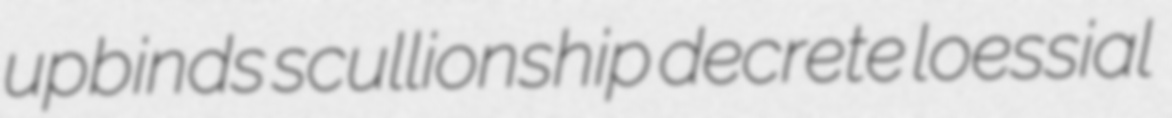
upbinds scullionship decrete loessial